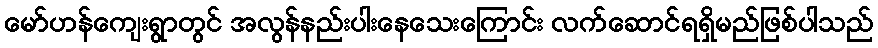
မော်ဟန်ကျေးရွာတွင် အလွန်နည်းပါးနေသေးကြောင်း လက်ဆောင်ရရှိမည်ဖြစ်ပါသည်